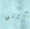
أنني